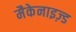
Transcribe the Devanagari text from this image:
मैकेनाइज़्ड